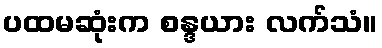
ပထမဆုံးက စန္ဒယား လက်သံ။